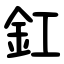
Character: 釭